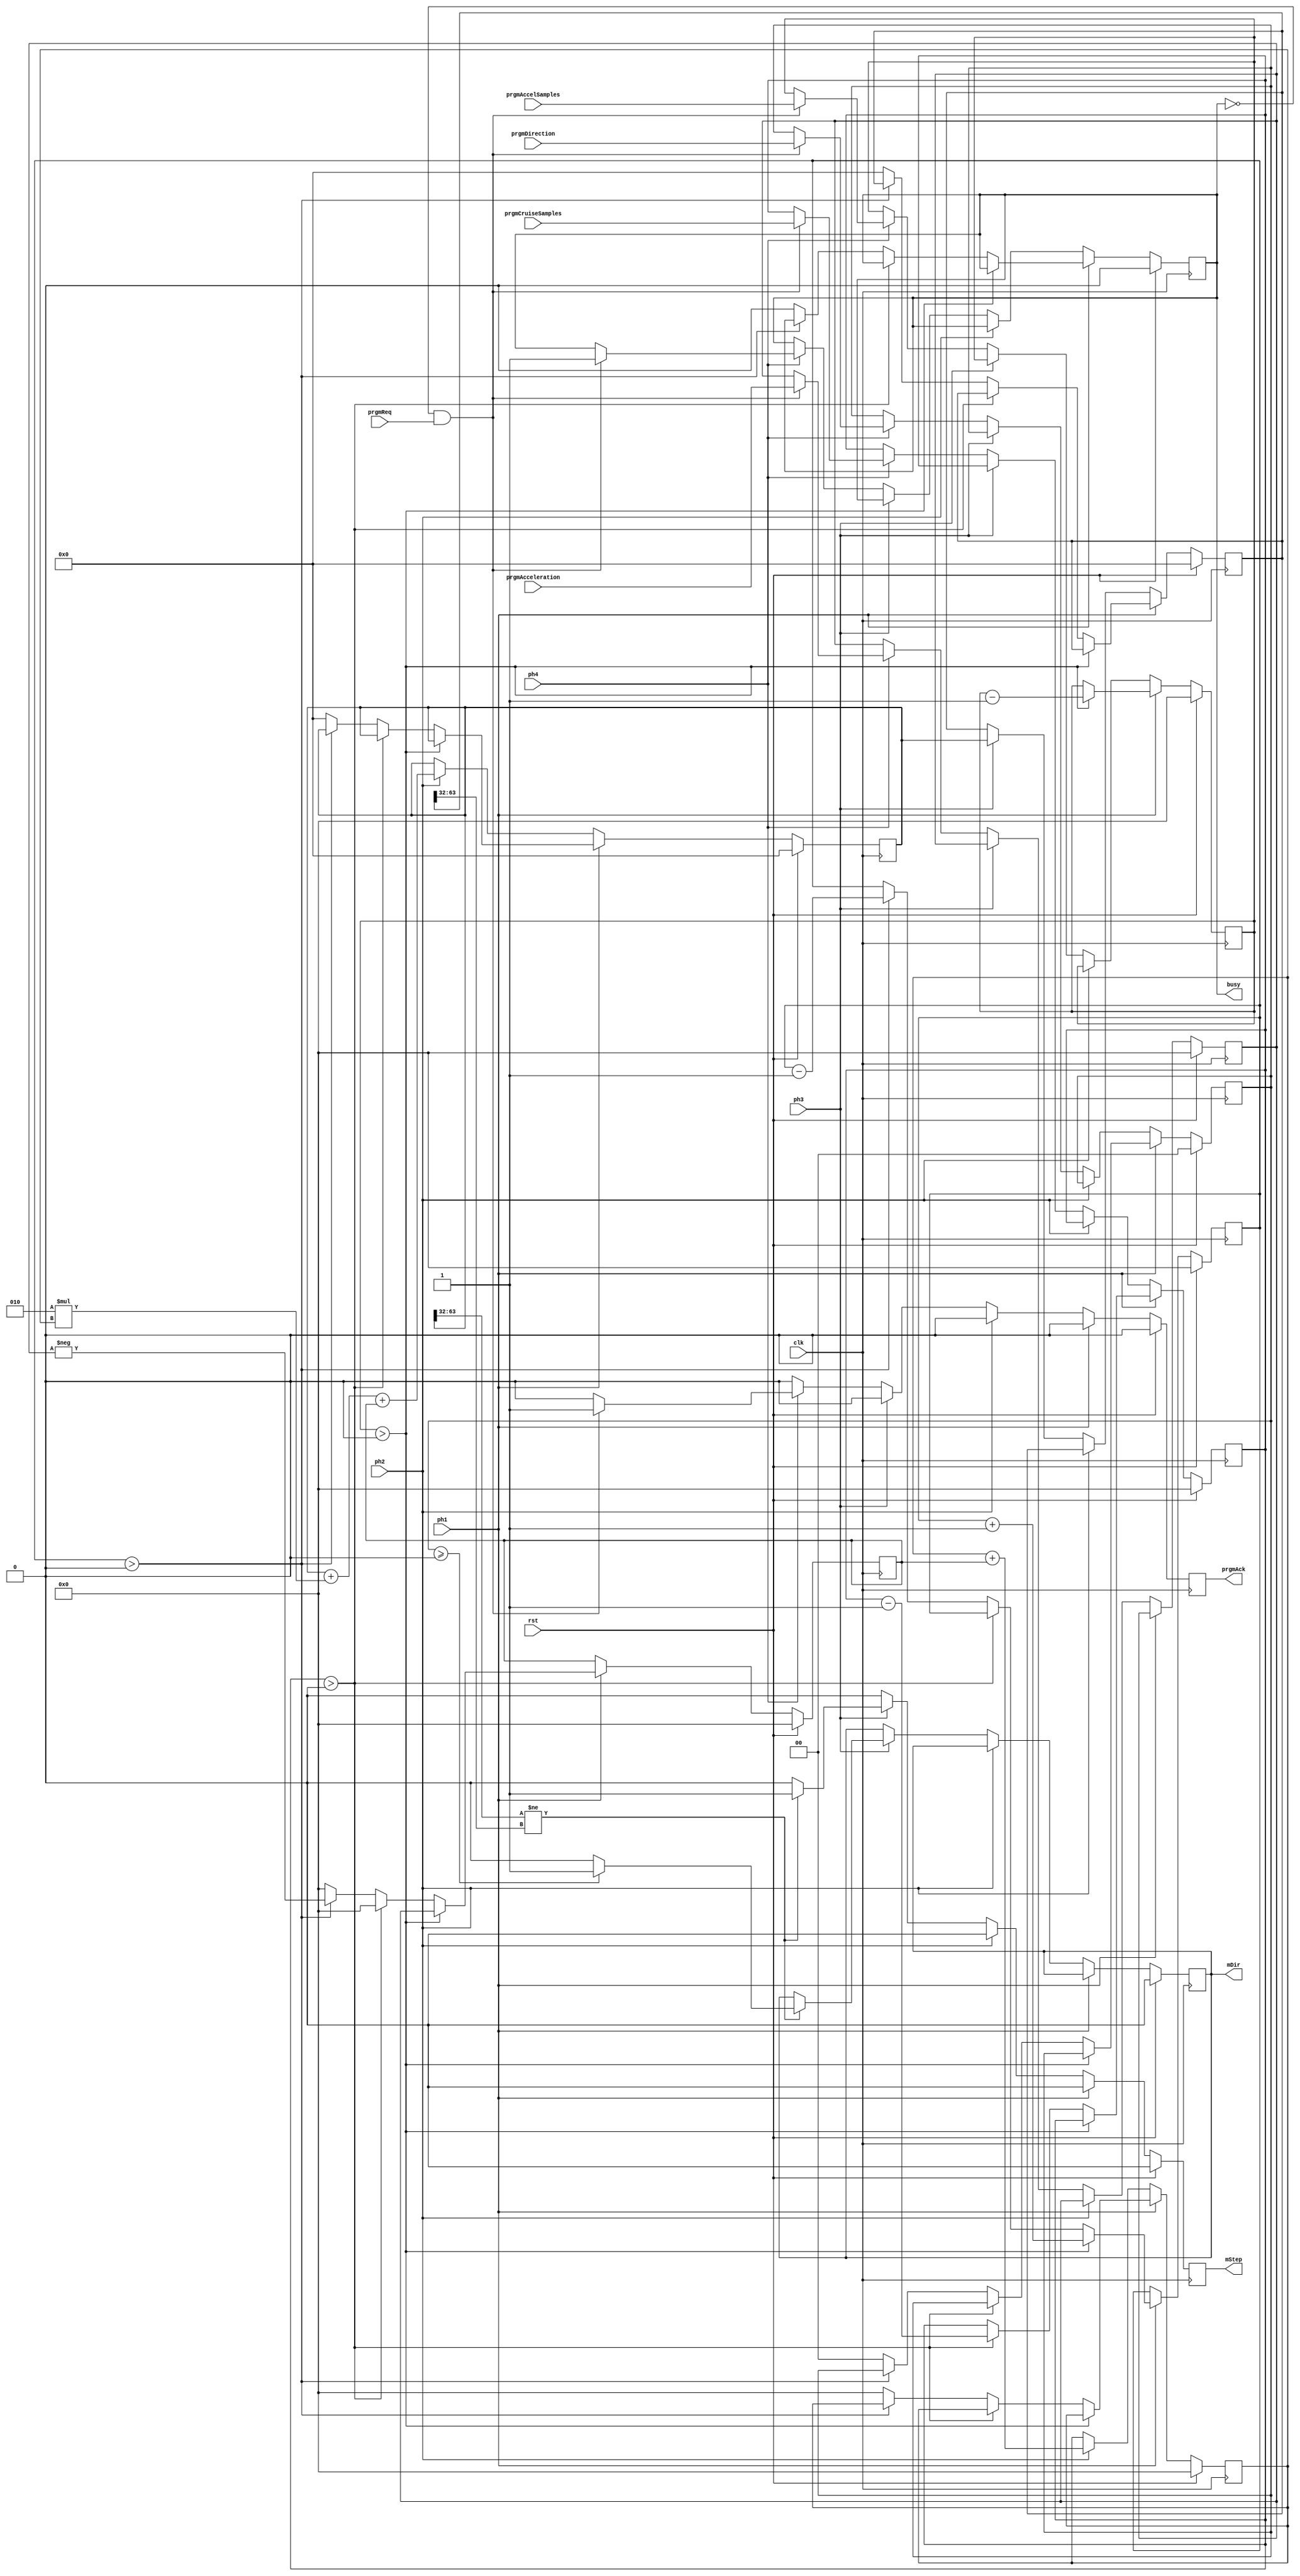
module axis
(
	input	wire				rst,
	input	wire				clk,

	input	wire				ph1,
	input	wire				ph2,
	input	wire				ph3,
	input	wire				ph4,

	input	wire				prgmReq,
	output	reg					prgmAck,
	input	wire signed	[1:0]	prgmDirection,
	input	wire signed	[31:0]	prgmAcceleration,
	input	wire 		[31:0]	prgmAccelSamples,
	input	wire		[31:0]	prgmCruiseSamples,

	output	reg					busy,
	output	reg					mDir,
	output	reg					mStep
);

reg signed [1:0] direction;
reg signed [31:0] acceleration;
reg [31:0] accelSamples;
reg [31:0] cruiseSamples;

reg [31:0] decelSamples;
reg signed [31:0] currentAcceleration;
reg signed [31:0] currentVelocity;
reg signed [63:0] currentPosition;
reg signed [63:0] lastPosition;

always @ (posedge clk)
begin
	if (rst)
	begin
		prgmAck <= 0;

		busy <= 0;
		mDir <= 0;
		mStep <= 0;

		direction <= 0;
		acceleration <= 0;
		accelSamples <= 0;
		cruiseSamples <= 0;

		decelSamples <= 0;
		currentAcceleration <= 0;
		currentVelocity <= 0;
		currentPosition <= 0;

		lastPosition <= 0;
	end
	else
	begin
		// defaults
		prgmAck <= 0;
		mStep <= 0;

		if (ph1)
		begin
			if (accelSamples > 0)
			begin
				accelSamples <= accelSamples - 1;
				decelSamples <= decelSamples + 1;
				currentAcceleration <= acceleration;
			end
			else if (cruiseSamples > 0)
			begin
				cruiseSamples <= cruiseSamples - 1;
				currentAcceleration = 0;
			end
			else if (decelSamples > 0)
			begin
				decelSamples <= decelSamples - 1;
				currentAcceleration <= -acceleration;
			end
			else
			begin
				busy <= 0;
				direction <= 0;
				currentAcceleration <= 0;
				currentVelocity <= 0;
				currentPosition <= 0;
				lastPosition <= 0;
			end
		end

		else if (ph2)
		begin
			currentPosition <= currentPosition + 2 * currentVelocity + currentAcceleration;
			currentVelocity <= currentVelocity + currentAcceleration;
		end

		else if (ph3)
		begin
			if (currentPosition[63:32] != lastPosition[63:32])
			begin
				mDir <= (direction >= 0) ? 1 : 0;
				mStep <= 1;
			end
			lastPosition <= currentPosition;
		end

		else if (ph4)
		begin
			if (!busy && prgmReq)
			begin
				busy <= 1;
				prgmAck <= 1;
				direction <= prgmDirection;
				acceleration <= prgmAcceleration;
				accelSamples <= prgmAccelSamples;
				cruiseSamples <= prgmCruiseSamples;
			end
		end
	end
end

endmodule